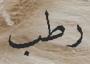
رطب